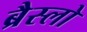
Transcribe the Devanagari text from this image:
ब्रैस्लो